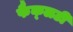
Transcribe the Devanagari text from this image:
फैक्‍लटी